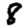
Digit: 8